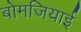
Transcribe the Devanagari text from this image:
बोमजियाई